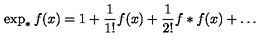
\exp _ { * } f ( x ) = 1 + \frac { 1 } { 1 ! } f ( x ) + \frac { 1 } { 2 ! } f * f ( x ) + \dots